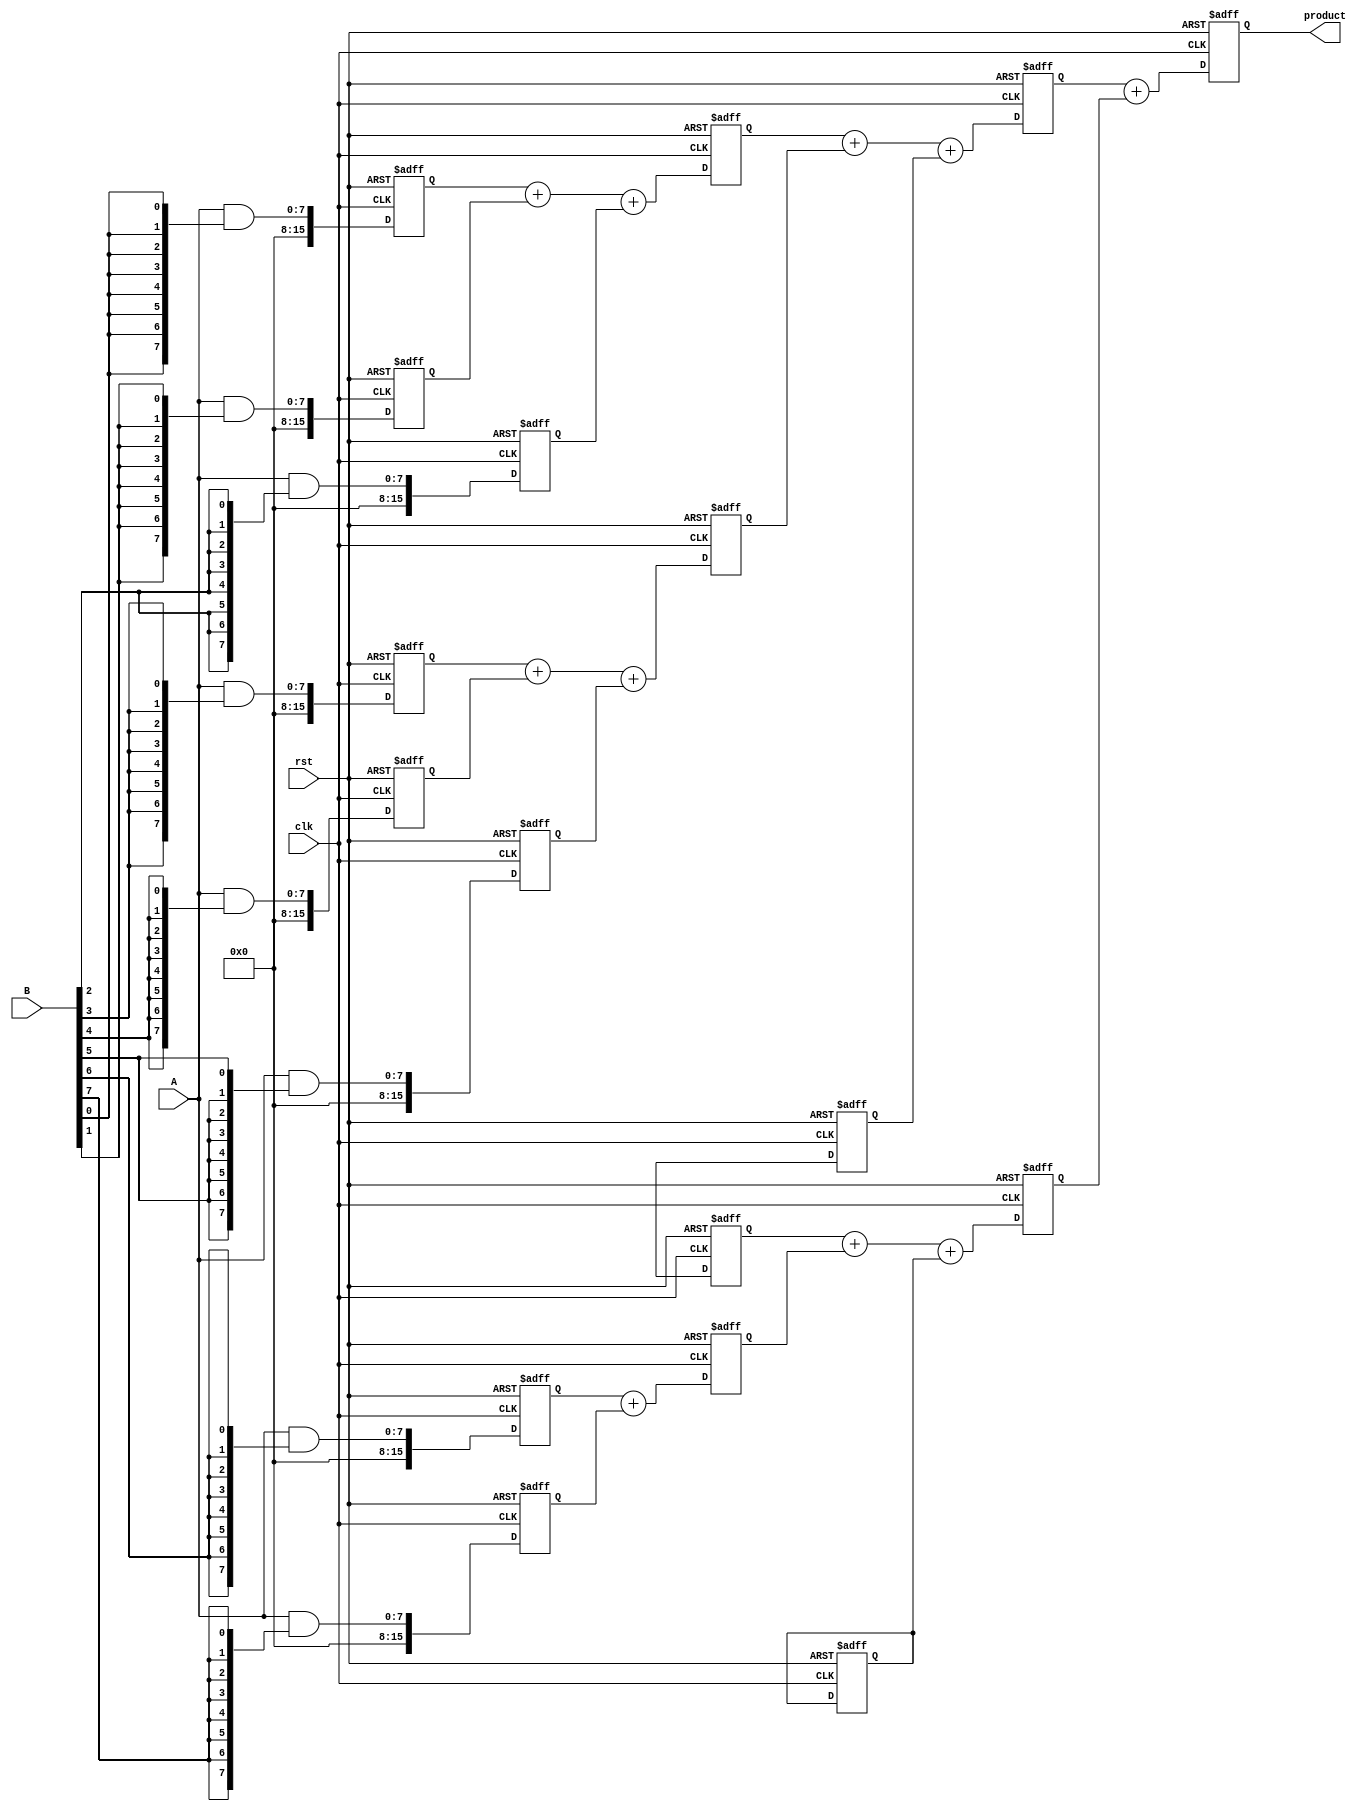
module Pipelined_Wallace_Tree_Multiplier #(parameter n = 8) (
    input  wire clk,
    input  wire rst,
    input  wire [n-1:0] A,
    input  wire [n-1:0] B,
    output reg [2*n-1:0] product
);

    reg [(n*n)-1:0] partial_products [0:n-1]; // Storage for partial products
    reg [2*n-1:0] stage1 [0:n-1]; // Stage 1 output
    reg [2*n-1:0] stage2 [0:n-1]; // Stage 2 output
    reg [2*n-1:0] sum; // Final sum of the multiplier

    integer i, j;
    
    // Stage 1: Partial Product Generation
    always @(posedge clk or posedge rst) begin
        if (rst) begin
            for (i = 0; i < n; i = i + 1) begin
                partial_products[i] <= 0;
            end
        end else begin
            for (i = 0; i < n; i = i + 1) begin
                partial_products[i] <= A & { {n{B[i]}} }; // Generate partial products
            end
        end
    end

    // Stage 2: First Level of CSA Reduction
    always @(posedge clk or posedge rst) begin
        if (rst) begin
            for (i = 0; i < n; i = i + 1) begin
                stage1[i] <= 0;
            end
        end else begin
            for (i = 0; i < n/2; i = i + 1) begin
                stage1[i] <= partial_products[3*i] + partial_products[3*i+1] + partial_products[3*i+2];
            end
            if (n % 3 == 1) begin
                stage1[n/2] <= partial_products[n-1];
            end else if (n % 3 == 2) begin
                stage1[n/2] <= partial_products[n-2] + partial_products[n-1];
            end
        end
    end

    // Stage 3: Second Level of CSA Reduction
    always @(posedge clk or posedge rst) begin
        if (rst) begin
            for (i = 0; i < n; i = i + 1) begin
                stage2[i] <= 0;
            end
        end else begin
            for (i = 0; i < (n/2 + 1)/2; i = i + 1) begin
                stage2[i] <= stage1[3*i] + stage1[3*i+1] + stage1[3*i+2];
            end
            if ((n/2 + 1) % 3 == 1) begin
                stage2[(n/2 + 1)/2] <= stage1[n/2];
            end else if ((n/2 + 1) % 3 == 2) begin
                stage2[(n/2 + 1)/2] <= stage1[n/2-1] + stage1[n/2];
            end
        end
    end

    // Stage 4: Final Addition
    always @(posedge clk or posedge rst) begin
        if (rst) begin
            product <= 0;
        end else begin
            product <= stage2[0] + stage2[1]; // Final two rows addition
        end
    end

endmodule